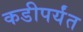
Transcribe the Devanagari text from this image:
कडीपर्यंत